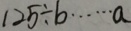
1 2 5 \div b \cdots a